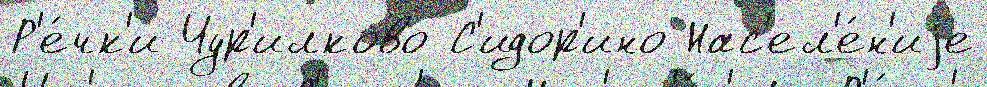
Р'е́чк'и Чур'илково С'идор'ино Нас'ел'е́н'иjе